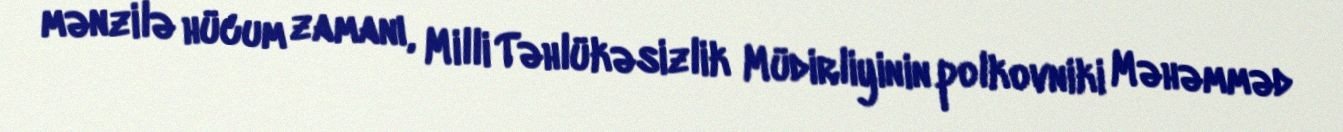
mənzilə hücum zamanı, Milli Təhlükəsizlik Müdirliyinin polkovniki Məhəmməd